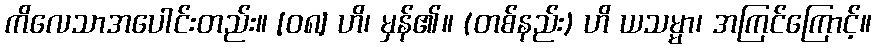
ကိလေသာအပေါင်းတည်း။ [၀၈] ဟိ၊ မှန်၏။ (တစ်နည်း) ဟိ ယသမ္မာ၊ အကြင်ကြောင့်။